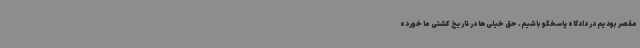
مقصر بودیم در دادگاه پاسخگو باشیم. حق خیلی‌ها در تاریخ کشتی ما خورده